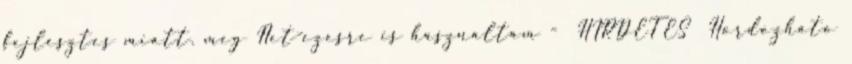
fejlesztes miatt. meg Net-ezesre is hasznaltam - HIRDETES Hordozhato